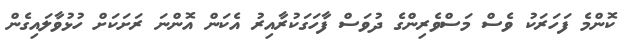
ކޮންމެ ފަހަރަކު ވެސް މަސްވެރިންގެ ދުވަސް ފާހަގަކުރާއިރު އެކަން އޮންނަ ރަށަކަށް ހުޅުވާލައިގެން